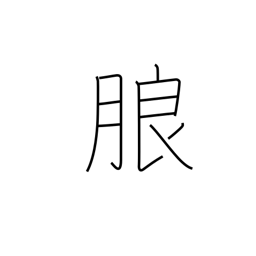
Meaning: distinct